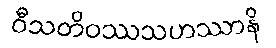
ဝီသတိဝဿသဟဿာနိ